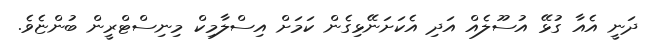
ދަނީ އެއާ ގުޅޭ އުސޫލެއް އަދި އެކަށަނޭޅިގެން ކަމަށް އިސްލާމިކް މިނިސްޓްރީން ބުންޏެވެ.